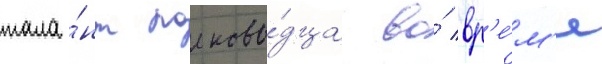
тала́нт полково́дца во́ вр'е́м'я